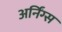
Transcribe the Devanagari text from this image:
अर्निंग्स